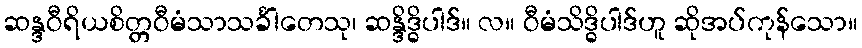
ဆန္ဒဝီရိယစိတ္တဝီမံသာသင်္ခါတေသု၊ ဆန္ဒိဒ္ဓိပါဒ်။ လ။ ဝီမံသိဒ္ဓိပါဒ်ဟူ ဆိုအပ်ကုန်သော။